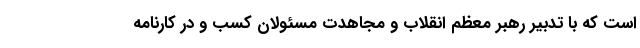
است که با تدبیر رهبر معظم انقلاب و مجاهدت مسئولان کسب و در کارنامه